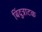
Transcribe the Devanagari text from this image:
बिंदुत्राटक